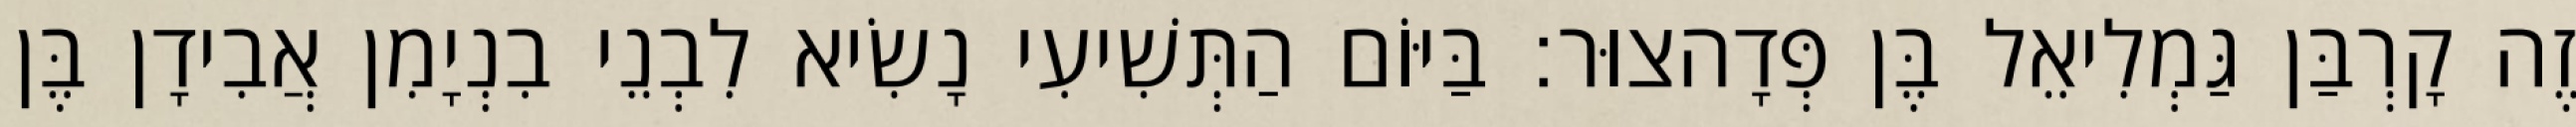
זֶה קָרְבַּן גַּמְלִיאֵל בֶּן פְּדָהצוּר׃ בַּיּוֹם הַתְּשִׁיעִי נָשִׂיא לִבְנֵי בִנְיָמִן אֲבִידָן בֶּן